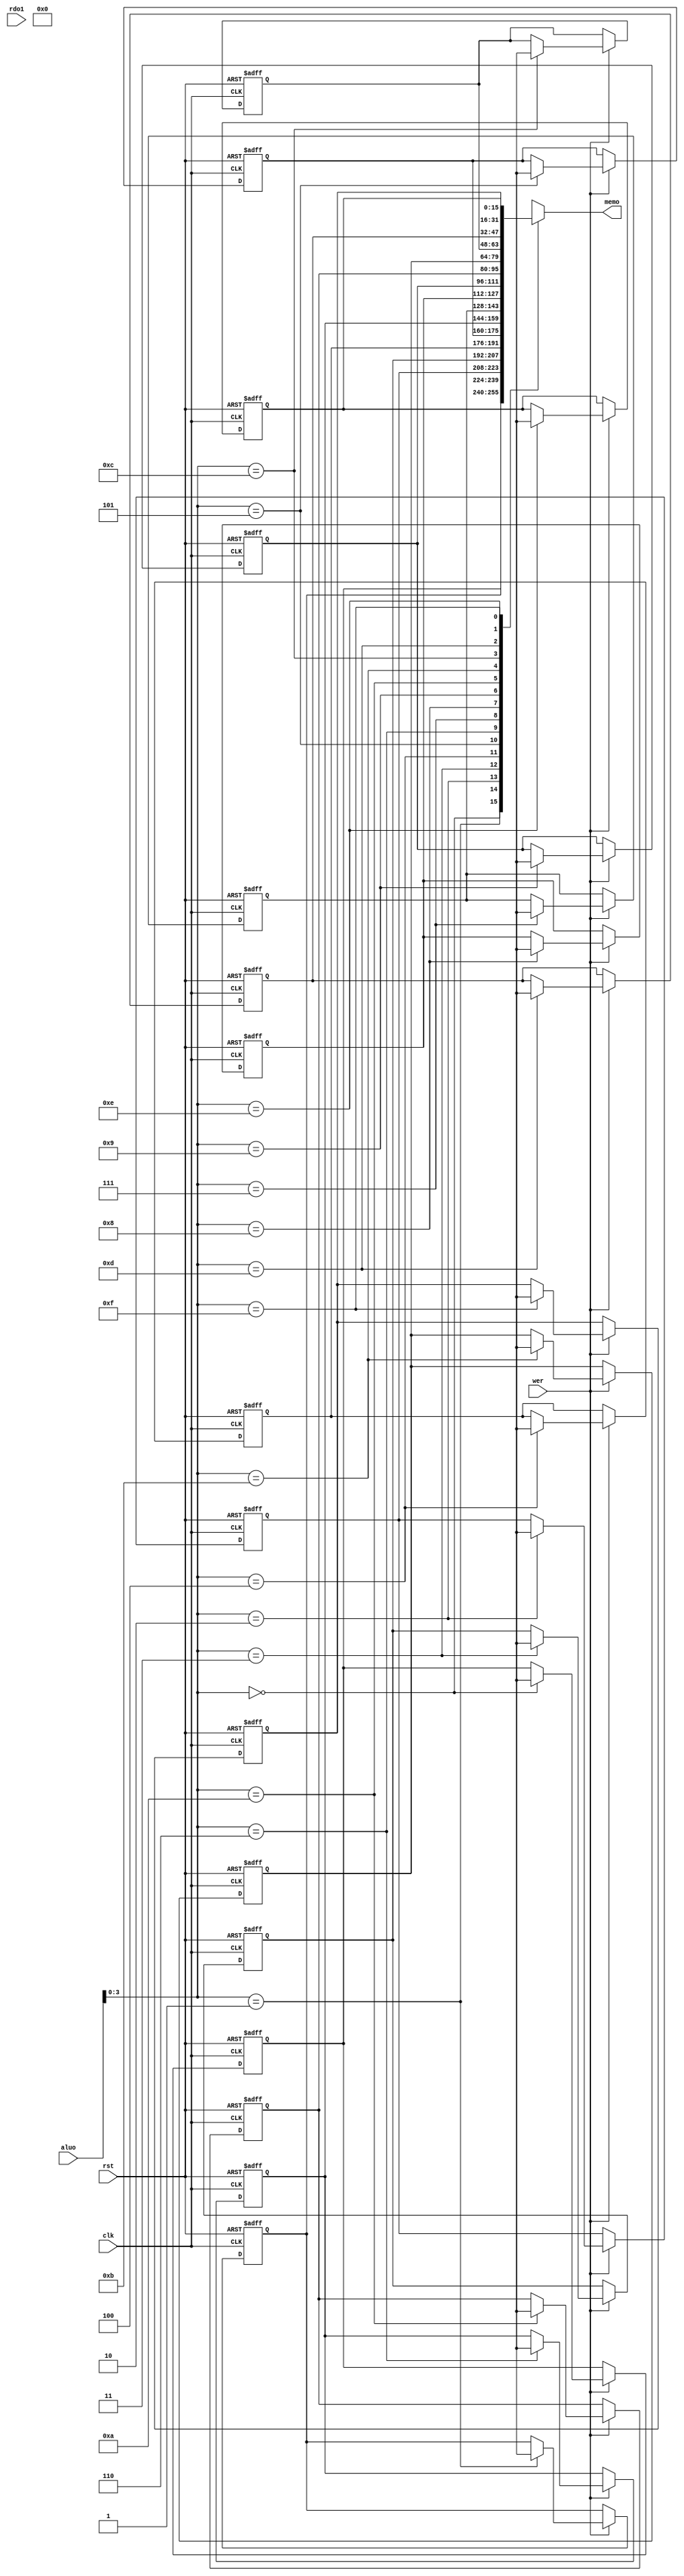
module regfile (rst, clk, wer, rdo1, aluo, memo);

    input         rst, clk, wer;

    input [15:0]  rdo1, aluo;

    output [15:0] memo;

    reg [15:0]    core[0:15];

    integer i;

         always @ (posedge clk or negedge rst) begin

           if(!rst) begin

               for(i=0;i<16;i=i+1) begin

                  core[i] <= 16'h0000;

               end

           end else if(wer) begin

               core[aluo] <= #1 wdo1;
           end
         end

         assign #1 memo = core[aluo];

endmodule